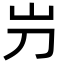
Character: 屶